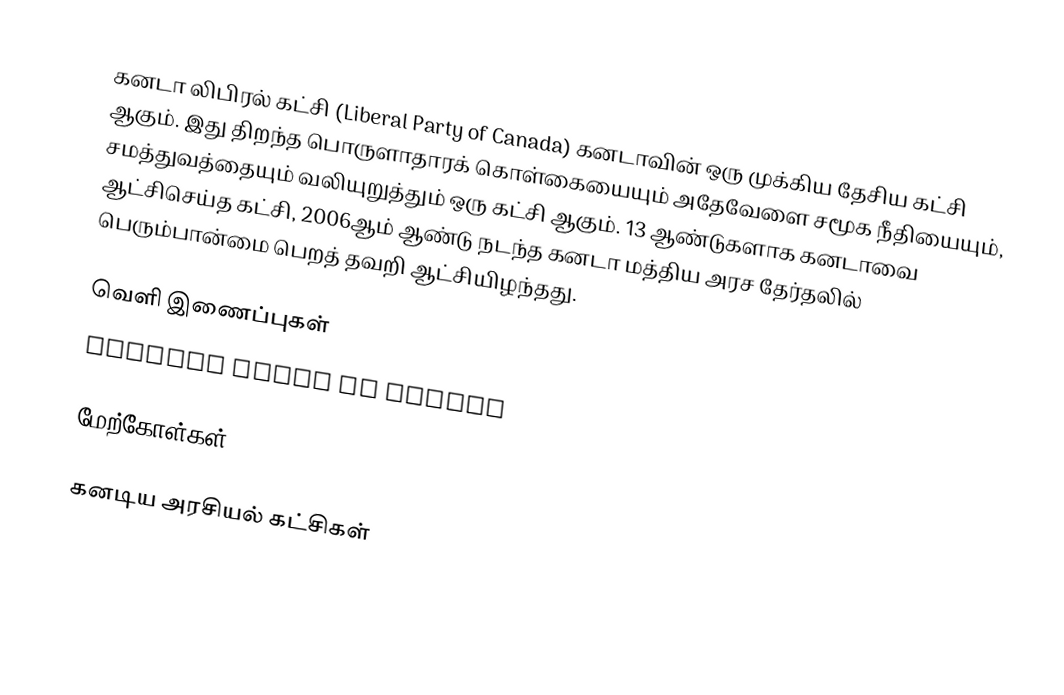
கனடா லிபிரல் கட்சி (Liberal Party of Canada) கனடாவின் ஒரு முக்கிய தேசிய கட்சி ஆகும். இது திறந்த பொருளாதாரக் கொள்கையையும் அதேவேளை சமூக நீதியையும், சமத்துவத்தையும் வலியுறுத்தும் ஒரு கட்சி ஆகும். 13 ஆண்டுகளாக கனடாவை ஆட்சிசெய்த கட்சி, 2006ஆம் ஆண்டு நடந்த கனடா மத்திய அரச தேர்தலில் பெரும்பான்மை பெறத் தவறி ஆட்சியிழந்தது.

வெளி இணைப்புகள்
 Liberal Party of Canada

மேற்கோள்கள்

கனடிய அரசியல் கட்சிகள்